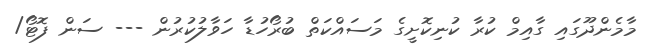
މާމެންދޫގައި ގާއިމް ކުރާ ކުނިކޮށީގެ މަސައްކަތް ބުރޯހުޑާ ހަވާލުކުރުން --- ސަން ފޮޓޯ/